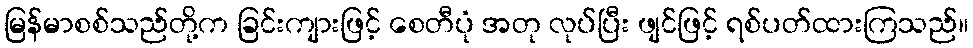
မြန်မာစစ်သည်တို့က ခြင်းကျားဖြင့် စေတီပုံ အတု လုပ်ပြီး ဖျင်ဖြင့် ရစ်ပတ်ထားကြသည်။